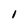
Character: l